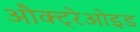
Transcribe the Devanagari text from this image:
औक्ट्रेओइड